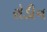
રોડીન